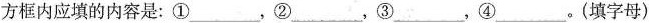
方框内应填的内容是：①___，②___，③___，④___。(填字母)